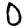
Digit: 0